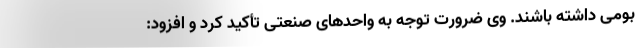
بومی داشته باشند. وی ضرورت توجه به واحدهای صنعتی تأکید کرد و افزود: